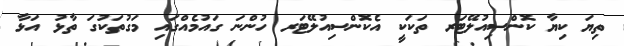
ތިޔަަ ކިޔާ ކޮންސިއުލޭޓަރ ތަކަކީ އެކޮންސިއުލޭޓަރ ހުންނަ ގައުމެއްގައި މަގުތަކުގަ ތާޅު އަޅާ